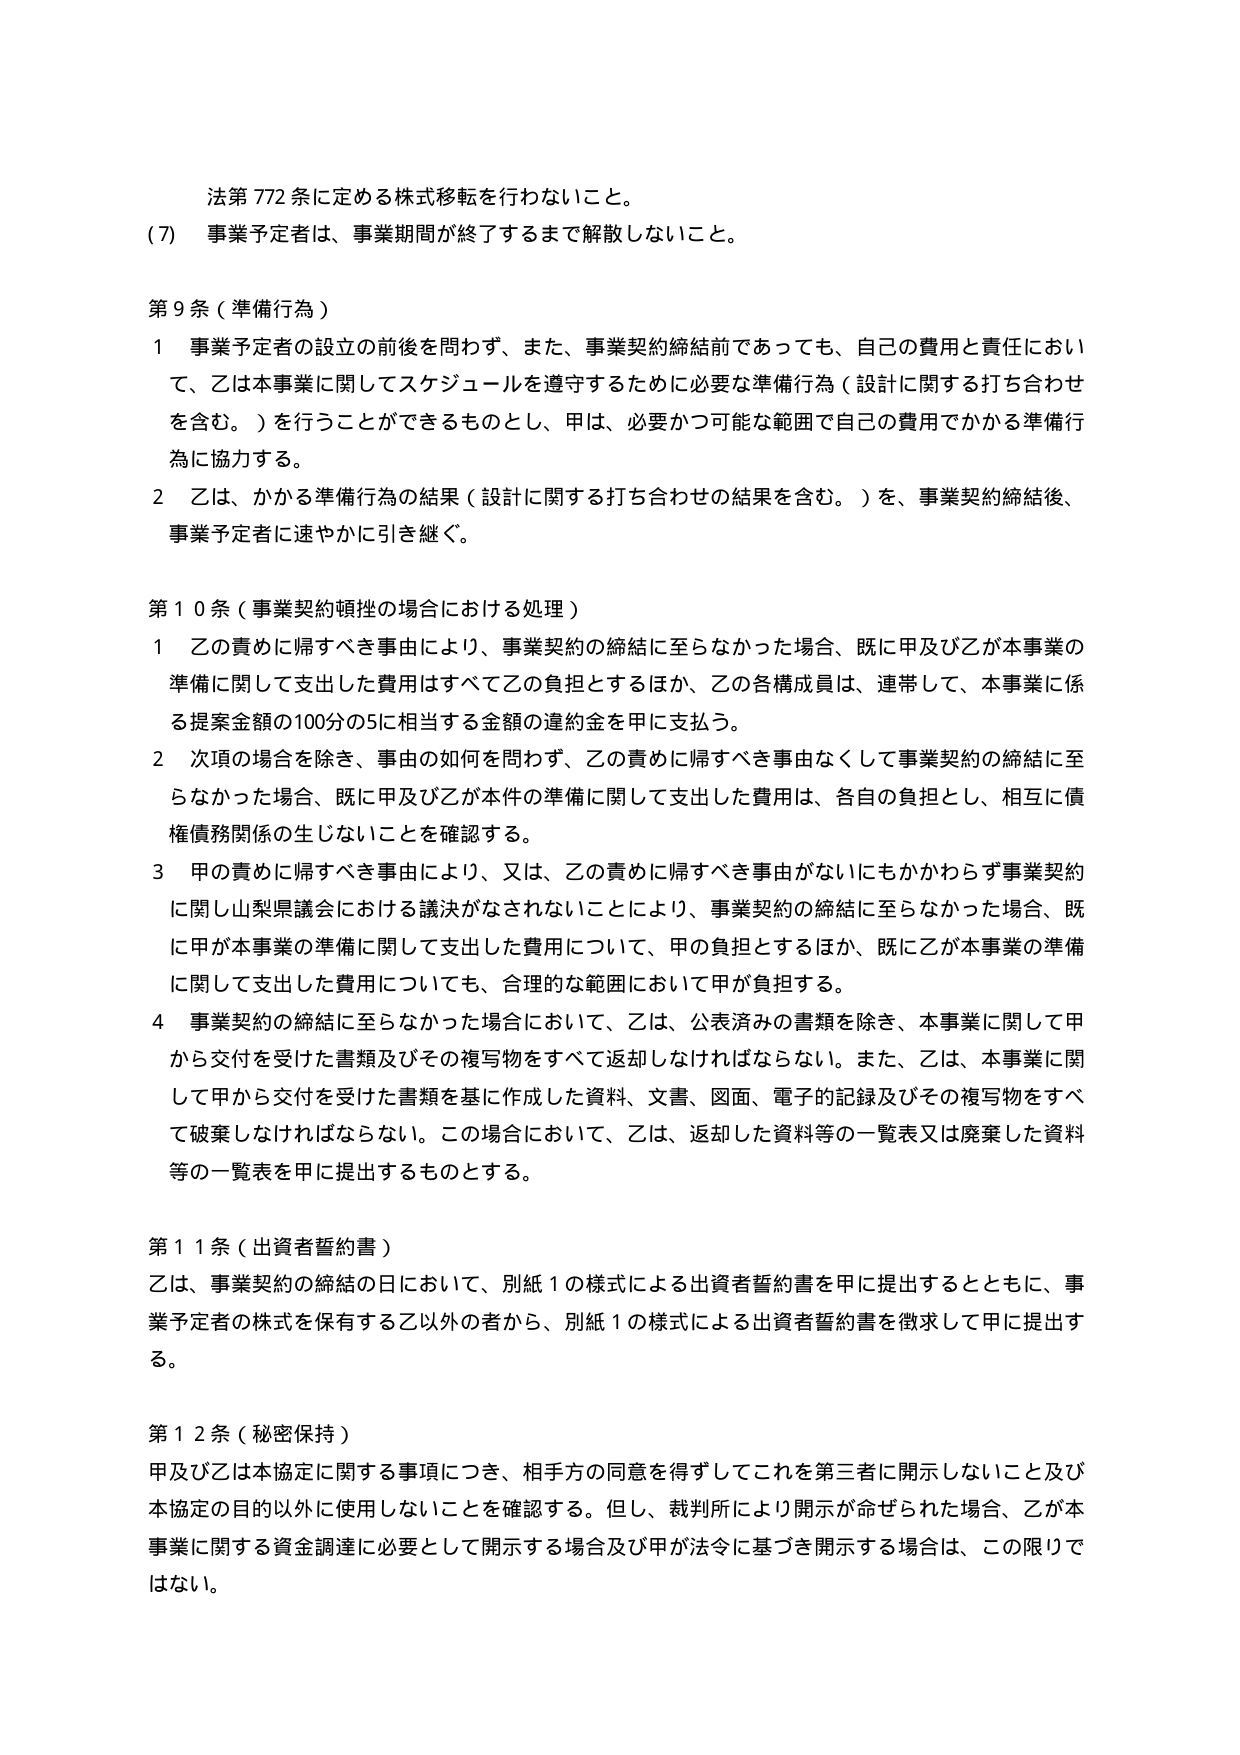
法第772条に定める株式移転を行わないこと。

(7) 事業予定者は、事業期間が終了するまで解散しないこと。

第9条（準備行為）

1 事業予定者の設立の前後を問わず、また、事業契約締結前であっても、自己の費用と責任において、乙は本事業に関してスケジュールを遵守するために必要な準備行為（設計に関する打ち合わせを含む。）を行うことができるものとし、甲は、必要かつ可能な範囲で自己の費用でかかる準備行為に協力する。

2 乙は、かかる準備行為の結果（設計に関する打ち合わせの結果を含む。）を、事業契約締結後、事業予定者に速やかに引き継ぐ。

第10条（事業契約頓挫の場合における処理）

1 乙の責めに帰すべき事由により、事業契約の締結に至らなかった場合、既に甲及び乙が本事業の準備に関して支出した費用はすべて乙の負担とするほか、乙の各構成員は、連帯して、本事業に係る提案金額の100分の5に相当する金額の違約金を甲に支払う。

2 次項の場合を除き、事由の如何を問わず、乙の責めに帰すべき事由なくして事業契約の締結に至らなかった場合、既に甲及び乙が本件の準備に関して支出した費用は、各自の負担とし、相互に債権債務関係の生じないことを確認する。

3 甲の責めに帰すべき事由により、又は、乙の責めに帰すべき事由がないにもかかわらず事業契約に関して山梨県議会における議決がなされないことにより、事業契約の締結に至らなかった場合、既に甲が本事業の準備に関して支出した費用について、甲の負担とするほか、既に乙が本事業の準備に関して支出した費用についても、合理的な範囲において甲が負担する。

4 事業契約の締結に至らなかった場合において、乙は、公表済みの書類を除き、本事業に関して甲から交付を受けた書類及びその複写物をすべて返却しなければならない。また、乙は、本事業に関して甲から交付を受けた書類を基に作成した資料、文書、図面、電子的記録及びその複写物をすべて破棄しなければならない。この場合において、乙は、返却した資料等の一覧表又は廃棄した資料等の一覧表を甲に提出するものとする。

第11条（出資者誓約書）

乙は、事業契約の締結の日において、別紙1の様式による出資者誓約書を甲に提出するとともに、事業予定者の株式を保有する乙以外の者から、別紙1の様式による出資者誓約書を徴求して甲に提出する。

第12条（秘密保持）

甲及び乙は本協定に関する事項につき、相手方の同意を得ずしてこれを第三者に開示しないこと及び本協定の目的以外に使用しないことを確認する。但し、裁判所により開示が命ぜられた場合、乙が本事業に関する資金調達に必要として開示する場合及び甲が法令に基づき開示する場合は、この限りではない。